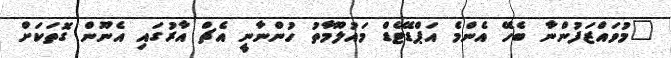
"މުވައްޒަފުންނާ ބެހޭ އެންމެ އަޕްޑޭޓެޑް މައުލޫމާތު ހުންނާނީ އެޗް އާރުގައި އެނޫން ގޮތަކަށް